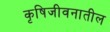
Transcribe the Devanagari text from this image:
कृषिजीवनातील